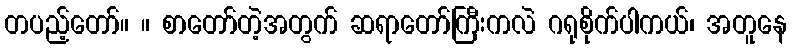
တပည့်တော်။ ။ စာတော်တဲ့အတွက် ဆရာတော်ကြီးကလဲ ဂရုစိုက်ပါကယ်၊ အတူနေ